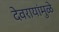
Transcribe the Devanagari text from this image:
देवरायांमुळे